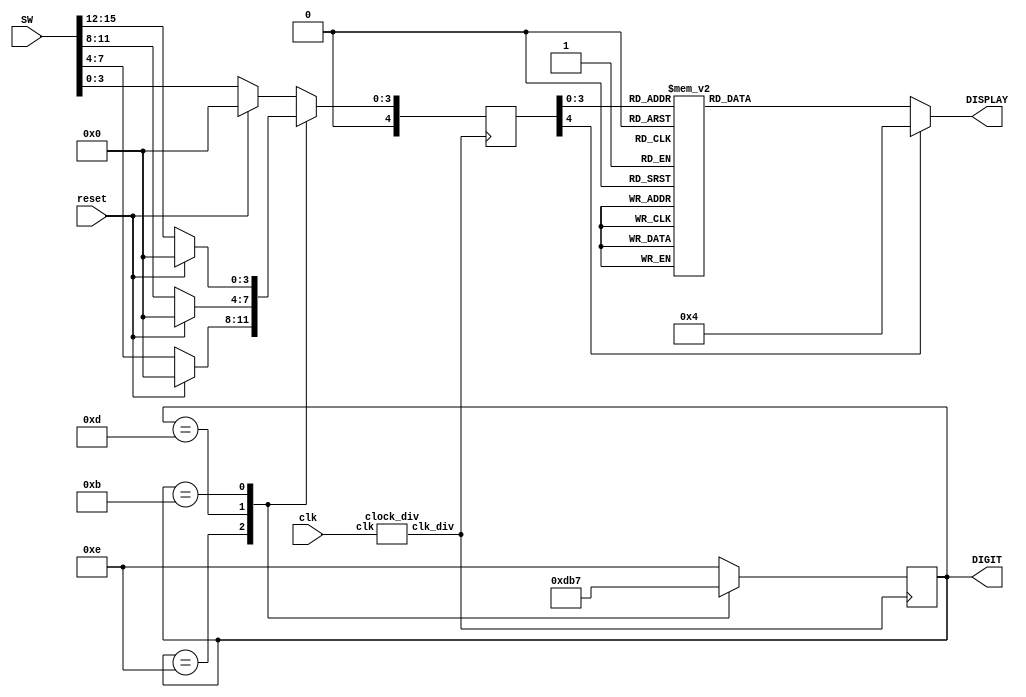
module lab4_1(input wire [15:0]SW, input wire clk, input wire reset, 
            output wire [3:0]DIGIT, output wire [6:0]DISPLAY);
        
        reg [4:0] val;
        reg nextvalue;
        reg [3:0] digit;
        reg [6:0] display;
        reg [3:0] BCD0;
        reg [3:0] BCD1;
        reg [3:0] BCD2;
        reg [3:0] BCD3;
        wire clk13;
        clock_div clk1(.clk(clk),.clk_div(clk13));
        always@(*)
            begin
                if(reset==1'b1)
                    begin
                        BCD0=4'b0000;
                        BCD1=4'b0000;
                        BCD2=4'b0000;
                        BCD3=4'b0000;
                    end
                else
                    begin
                        BCD0=SW[3:0];
                        BCD1=SW[7:4];
                        BCD2=SW[11:8];
                        BCD3=SW[15:12];
                    end
                case(val)
                4'b0000: begin display=7'b0000001; end
                4'b0001: begin display=7'b1001111; end
                4'b0010: begin display=7'b0010010; end
                4'b0011: begin display=7'b0000110; end
                4'b0100: begin display=7'b1001100; end
                4'b0101: begin display=7'b0100100; end
                4'b0110: begin display=7'b0100000; end
                4'b0111: begin display=7'b0001111; end
                4'b1000: begin display=7'b0000000; end
                default:  begin display=7'b0000100; end
                endcase
            end
            always@(posedge clk13)
                begin
                    case(digit)
                    4'b1110: begin val=BCD1; digit=4'b1101; end
                    4'b1101: begin val=BCD2; digit=4'b1011; end
                    4'b1011: begin val=BCD3; digit=4'b0111; end
                    4'b0111: begin val=BCD0; digit=4'b1110; end
                    default: begin val=BCD0; digit=4'b1110; end 
                    endcase
                end
        assign DISPLAY=display;        
        assign DIGIT=digit;
        

endmodule
module clock_div(clk,clk_div);
    parameter n=13;
    input clk;
    output clk_div;

    reg [n-1:0] num;
    wire [n-1:0] nextnum;
    always@(posedge clk)
        begin
            num=nextnum;
        end
    assign nextnum=num+1;
    assign clk_div=num[n-1];
endmodule